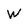
Character: W